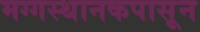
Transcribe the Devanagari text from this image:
मग्गस्थानकपासून